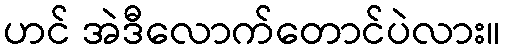
ဟင် အဲဒီလောက်တောင်ပဲလား။